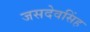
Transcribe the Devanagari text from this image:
जसदेवसिंह